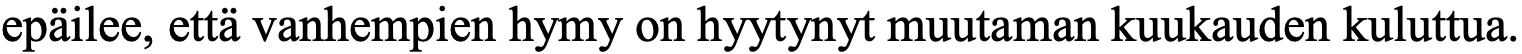
epäilee, että vanhempien hymy on hyytynyt muutaman kuukauden kuluttua.